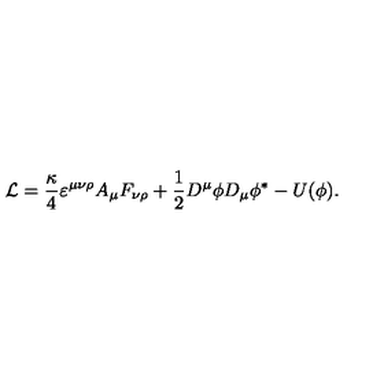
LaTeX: { \cal L } = \frac \kappa 4 \varepsilon ^ { \mu \nu \rho } A _ { \mu } F _ { \nu \rho } + \frac 1 2 D ^ { \mu } \phi D _ { \mu } \phi ^ { * } - U ( \phi ) .